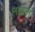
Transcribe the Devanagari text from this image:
लाङ्गलं